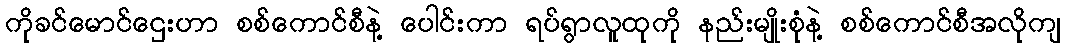
ကိုခင်မောင်ဌေးဟာ စစ်ကောင်စီနဲ့ ပေါင်းကာ ရပ်ရွာလူထုကို နည်းမျိုးစုံနဲ့ စစ်ကောင်စီအလိုကျ